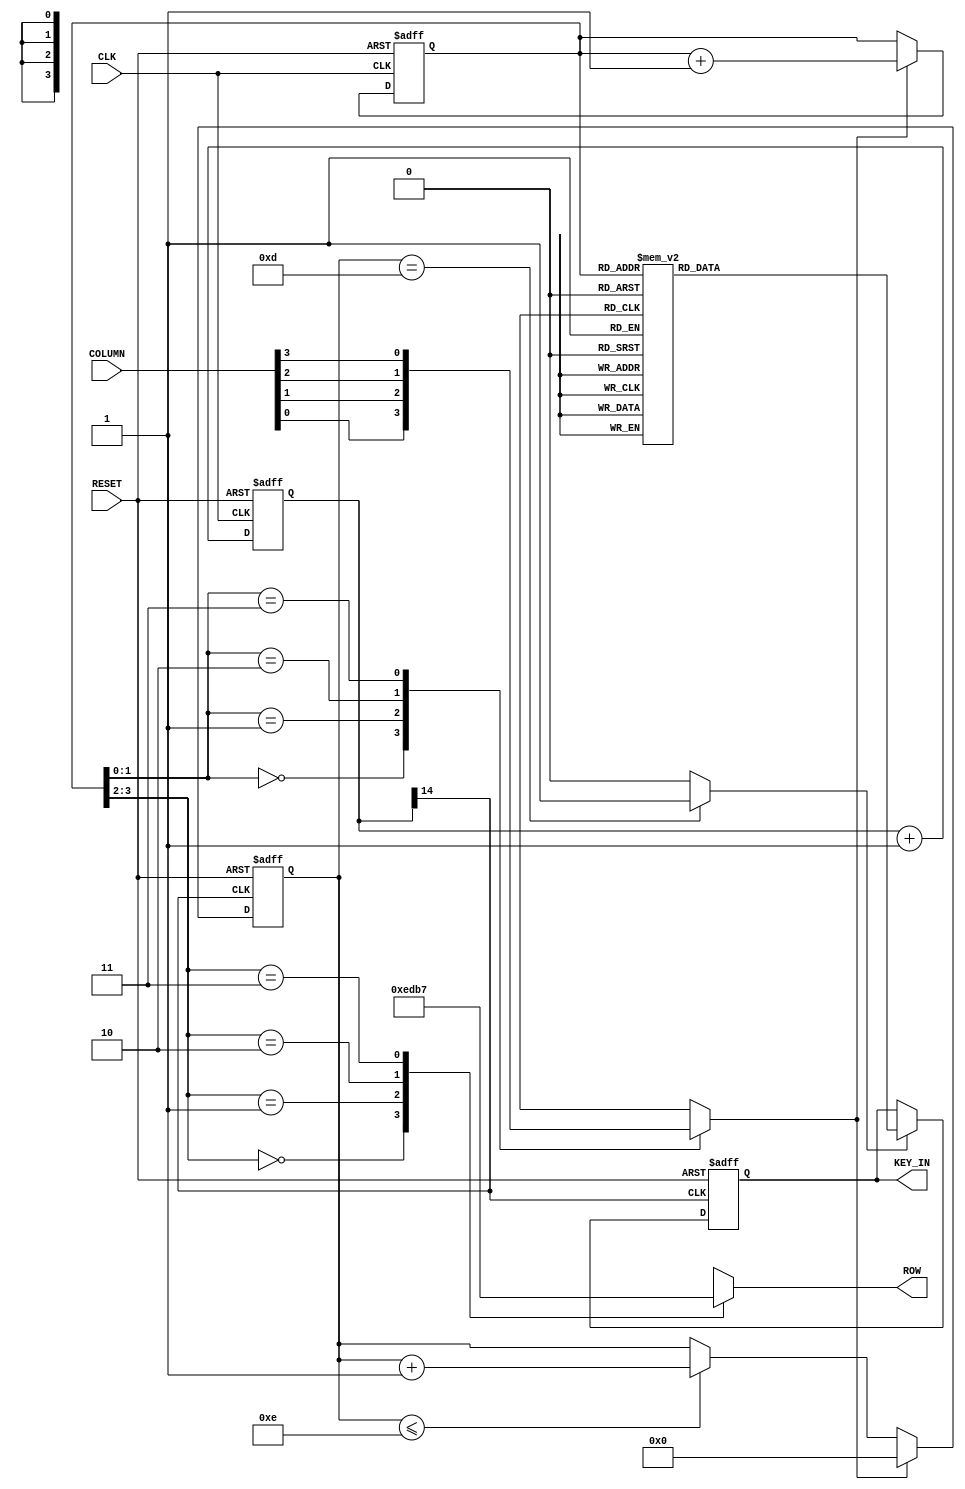
module KeyBoard_ctrl(ROW, KEY_IN, COLUMN, CLK, RESET);
  input  CLK;
  input  RESET;
  input  [3:0]  COLUMN;
  output [3:0]  ROW;
  output [3:0]  KEY_IN;
  
  reg    [3:0]  ROW;
  reg    [3:0]  DEBOUNCE_COUNT;
  reg    [3:0]  SCAN_CODE;
  reg    [3:0]  SCAN_NUMBER;
  reg    [3:0]  DECODE_BCD0;
  reg    [3:0]  DECODE_BCD1;  
  reg    [3:0]  KEY_CODE;
  reg    [3:0] KEY_BUFFER;
  reg    [14:0] DIVIDER;
  reg    PRESS;
  wire   PRESS_VALID;
  wire   DEBOUNCE_CLK;
  wire   SCAN_CLK;
  
/***********************
 * Time Base Generator *
 ***********************/

  always @(posedge CLK or negedge RESET)
    begin 
	     if (!RESET) 
	        DIVIDER <= {12'h000,2'b00};
	     else
	        DIVIDER <= DIVIDER + 1;
	end 
  assign DEBOUNCE_CLK = DIVIDER[14];
  assign SCAN_CLK     = DIVIDER[14];
  
/***************************
 * Scanning Code Generator *
 ***************************/
 
  always @(posedge CLK or negedge RESET)
    begin
      if (!RESET) 
	        SCAN_CODE <= 4'h0;
      else if (PRESS)
	        SCAN_CODE <= SCAN_CODE + 1;
    end

/*********************
 * Scanning Keyboard *
 *********************/
 
  always @(SCAN_CODE,COLUMN)
    begin
      case (SCAN_CODE[3:2])
        2'b00 : ROW = 4'b1110;
        2'b01 : ROW = 4'b1101;
        2'b10 : ROW = 4'b1011;
        2'b11 : ROW = 4'b0111;
      endcase
      case (SCAN_CODE[1:0])
        2'b00 : PRESS = COLUMN[0];
        2'b01 : PRESS = COLUMN[1];
        2'b10 : PRESS = COLUMN[2];
        2'b11 : PRESS = COLUMN[3];
      endcase
    end
    
/********************
 * Debounce Circuit *
 ********************/

  always @(posedge DEBOUNCE_CLK or negedge RESET)
   begin
    if (!RESET)
	     DEBOUNCE_COUNT <= 4'h0;
	   else if (PRESS)
      DEBOUNCE_COUNT <= 4'h0;
    else if (DEBOUNCE_COUNT <= 4'hE)
	     DEBOUNCE_COUNT <= DEBOUNCE_COUNT + 1;
   end 
  assign PRESS_VALID = (DEBOUNCE_COUNT == 4'hD)? 1'b1 : 1'b0;
 
/**************************************
 * Fetch Key Code Store In KEY_BUFFER *
 **************************************/
 
  always @(SCAN_CODE)
   begin
     case (SCAN_CODE)
	   4'b0000 : SCAN_NUMBER = 4'hF;
	   4'b0001 : SCAN_NUMBER = 4'hE;
	   4'b0010 : SCAN_NUMBER = 4'hD;
	   4'b0011 : SCAN_NUMBER = 4'hC;

	   4'b0100 : SCAN_NUMBER = 4'hB;
	   4'b0101 : SCAN_NUMBER = 4'h3;
	   4'b0110 : SCAN_NUMBER = 4'h6;
	   4'b0111 : SCAN_NUMBER = 4'h9;

	   4'b1000 : SCAN_NUMBER = 4'hA;
	   4'b1001 : SCAN_NUMBER = 4'h2;
	   4'b1010 : SCAN_NUMBER = 4'h5;
	   4'b1011 : SCAN_NUMBER = 4'h8;	   
	   
	   4'b1100 : SCAN_NUMBER = 4'h0;
	   4'b1101 : SCAN_NUMBER = 4'h1;
	   4'b1110 : SCAN_NUMBER = 4'h4;
	   4'b1111 : SCAN_NUMBER = 4'h7;	   
	 endcase
   end
 
  always @(negedge DEBOUNCE_CLK or negedge RESET)
   begin
    if (!RESET)
      KEY_BUFFER <= 4'h0;
    else if (PRESS_VALID)
      KEY_BUFFER <= SCAN_NUMBER;
   end
    
/****************************
 * Data Display Multiplexer	*
 ****************************/	

	assign KEY_IN = KEY_BUFFER;
               
endmodule